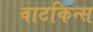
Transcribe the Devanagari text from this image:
वाटकिन्स